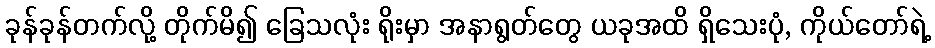
ခုန်ခုန်တက်လို့ တိုက်မိ၍ ခြေသလုံး ရိုးမှာ အနာရွတ်တွေ ယခုအထိ ရှိသေးပုံ, ကိုယ်တော်ရဲ့